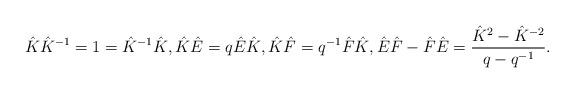
LaTeX: \begin{gather*}\hat{K}\hat{K}^{-1}=1=\hat{K}^{-1}\hat{K},\hat{K}\hat{E}=q\hat{E}\hat{K},\hat{K}\hat{F}=q^{-1}\hat{F}\hat{K},\hat{E}\hat{F}-\hat{F}\hat{E}=\frac{\hat{K}^2-\hat{K}^{-2}}{q-q^{-1}}.\end{gather*}